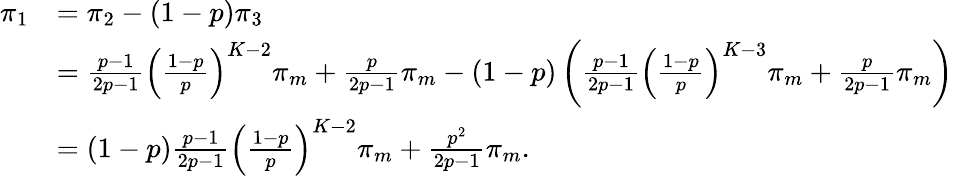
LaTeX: \begin{array}{rl}{\pi_{1}}&{=\pi_{2}-(1-p)\pi_{3}}\\ &{=\frac{p-1}{2p-1}\left(\frac{1-p}{p}\right)^{K-2}\pi_{m}+\frac{p}{2p-1}\pi_{m}-(1-p)\left(\frac{p-1}{2p-1}\left(\frac{1-p}{p}\right)^{K-3}\pi_{m}+\frac{p}{2p-1}\pi_{m}\right)}\\ &{=(1-p)\frac{p-1}{2p-1}\left(\frac{1-p}{p}\right)^{K-2}\pi_{m}+\frac{p^{2}}{2p-1}\pi_{m}.}\end{array}